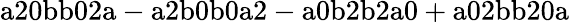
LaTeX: \mathrm{a20bb02a-a2b0b0a2-a0b2b2a0+a02bb20a}